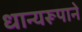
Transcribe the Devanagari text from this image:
धान्‍यरूपाने